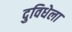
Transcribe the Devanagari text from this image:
दुविधेला